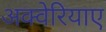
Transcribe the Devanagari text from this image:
अक्वेरियाए